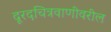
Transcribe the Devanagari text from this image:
दूरदचित्रवाणीवरील